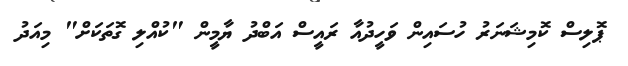
ޕޮލިސް ކޮމިޝަނަރު ހުސައިން ވަހީދުއާ ރައީސް އަބްދު ޔާމީން "ކުއްލި ގޮތަކަށް" މިއަދު